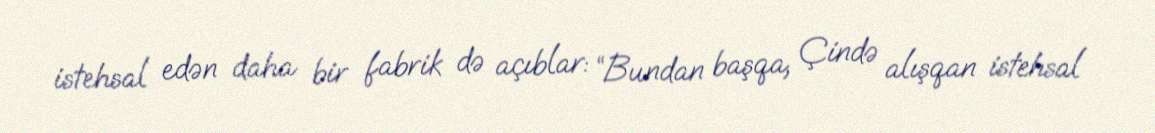
istehsal edən daha bir fabrik də açıblar: “Bundan başqa, Çində alışqan istehsal